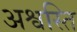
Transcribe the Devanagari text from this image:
अश्वस्ति